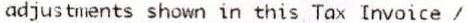
ADJUSTMENTS SHOWN IN THIS TAX INVOICE /